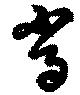
時